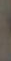
.